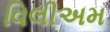
વિલીઅમ